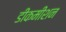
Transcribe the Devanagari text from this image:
डीकमीशन